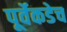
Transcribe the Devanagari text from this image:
पूर्वेकडेच